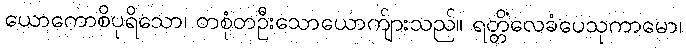
ယောကောစိပုရိသော၊ တစုံတဦးသောယောက်ျားသည်။ ရတ္တိံလေခံပေသုကာမော၊